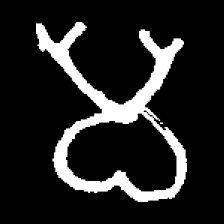
Pyu character \u2014 Myanmar letter: မ (romanized: ma)